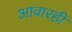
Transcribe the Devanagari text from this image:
आवारही